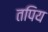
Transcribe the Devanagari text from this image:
तपिय